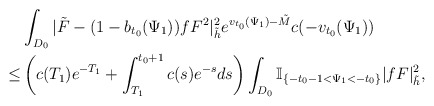
\begin{align*} & \int_{D_0}|\tilde{F}-(1-b_{t_0}(\Psi_1))fF^{2}|^2_{\tilde{h}}e^{v_{t_0}(\Psi_1)- \tilde{M}}c(-v_{t_0}(\Psi_1)) \\ \le & \left(c(T_1)e^{-T_1}+\int_{T_1}^{t_0+1}c(s)e^{-s}ds\right) \int_{D_0}\mathbb{I}_{\{-t_0-1<\Psi_1<-t_0\}}|fF|^2_{\tilde{h}}, \end{align*}